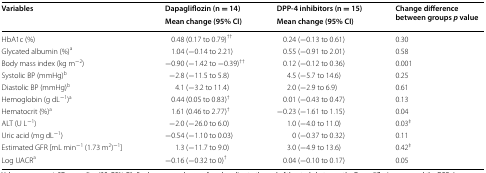
<table><thead><tr><td rowspan="2"><b>Variables</b></td><td><b>Dapagliflozin (n = 14)</b></td><td><b>DPP-4 inhibitors (n = 15)</b></td><td rowspan="2"><b>Change difference between groups <i>p</i> value</b></td></tr><tr><td><b>Mean change (95% CI)</b></td><td><b>Mean change (95% CI)</b></td></tr></thead><tbody><tr><td>HbA1c (%)</td><td>0.48 (0.17 to 0.79)<sup>††</sup></td><td>0.24 (−0.13 to 0.61)</td><td>0.30</td></tr><tr><td>Glycated albumin (%)<sup>a</sup></td><td>1.04 (−0.14 to 2.21)</td><td>0.55 (−0.91 to 2.01)</td><td>0.58</td></tr><tr><td>Body mass index (kg m<sup>−2</sup>)</td><td>−0.90 (−1.42 to −0.39)<sup>††</sup></td><td>0.12 (−0.12 to 0.36)</td><td>0.001</td></tr><tr><td>Systolic BP (mmHg)<sup>b</sup></td><td>−2.8 (−11.5 to 5.8)</td><td>4.5 (−5.7 to 14.6)</td><td>0.25</td></tr><tr><td>Diastolic BP (mmHg)<sup>b</sup></td><td>4.1 (−3.2 to 11.4)</td><td>2.0 (−2.9 to 6.9)</td><td>0.61</td></tr><tr><td>Hemoglobin (g dL<sup>−1</sup>)<sup>a</sup></td><td>0.44 (0.05 to 0.83)<sup>†</sup></td><td>0.01 (−0.43 to 0.47)</td><td>0.13</td></tr><tr><td>Hematocrit (%)<sup>a</sup></td><td>1.61 (0.46 to 2.77)<sup>†</sup></td><td>−0.23 (−1.61 to 1.15)</td><td>0.04</td></tr><tr><td>ALT (U L<sup>−1</sup>)</td><td>−2.0 (−26.0 to 6.0)</td><td>1.0 (−4.0 to 11.0)</td><td>0.03<sup>‡</sup></td></tr><tr><td>Uric acid (mg dL<sup>−1</sup>)</td><td>−0.54 (−1.10 to 0.03)</td><td>0 (−0.37 to 0.32)</td><td>0.11</td></tr><tr><td>Estimated GFR [mL min<sup>−1</sup> (1.73 m<sup>2</sup>)<sup>−1</sup>]</td><td>1.3 (−11.7 to 9.0)</td><td>3.0 (−4.9 to 13.6)</td><td>0.42<sup>‡</sup></td></tr><tr><td>Log UACR<sup>a</sup></td><td>−0.16 (−0.32 to 0)<sup>†</sup></td><td>0.04 (−0.10 to 0.17)</td><td>0.05</td></tr></tbody></table>